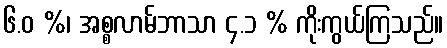
၆.ဝ %၊ အစ္စလာမ်ဘာသာ ၄.၁ % ကိုးကွယ်ကြသည်။